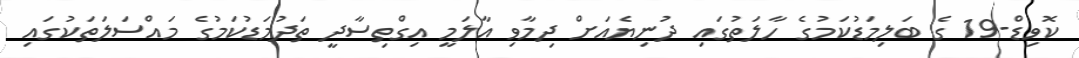
ކޮވިޑް-19 ގެ ބަލިމަޑުކަމުގެ ހާލަތުގައި ދުނިޔެއަށް ދިމާވި އާލަމީ އިގްތިސާދީ ތަދުމަޑުކަމުގެ މައްސަލަތަކުގައި